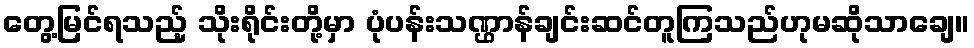
တွေ့မြင်ရသည့် သိုးရိုင်းတို့မှာ ပုံပန်းသဏ္ဌာန်ချင်းဆင်တူကြသည်ဟုမဆိုသာချေ။